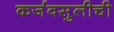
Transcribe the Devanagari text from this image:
कर्जवसुलीची